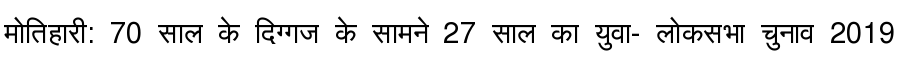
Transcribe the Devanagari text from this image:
मोतिहारी: 70 साल के दिग्गज के सामने 27 साल का युवा- लोकसभा चुनाव 2019